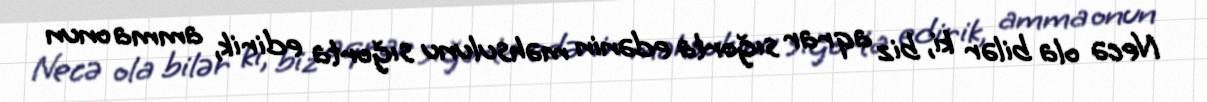
Necə ola bilər ki, biz aqrar sığorta edənin məhsulunu sığorta edirik, amma onun